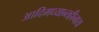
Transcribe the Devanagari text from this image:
आदिमध्यान्तहीनाय